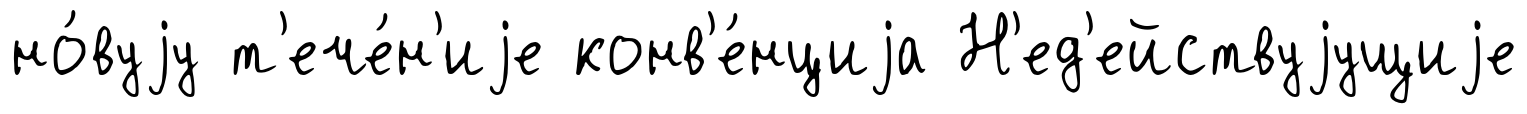
но́вуjу т'ече́н'иjе конв'е́нциjа Н'ед'ействуjущиjе